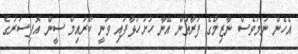
އެހެން ނަމަވެސް ނާޒިމްގެ ފަރާތުން އޭނާ ހުށަހަޅާފައި ވަނީ ކްރައިމް ސީން އޮފިސަރުގެ